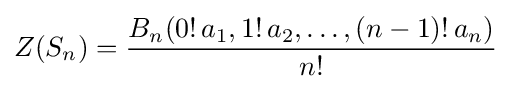
Z(S_{n})={\frac {B_{n}(0!\,a_{1},1!\,a_{2},\dots ,(n-1)!\,a_{n})}{n!}}